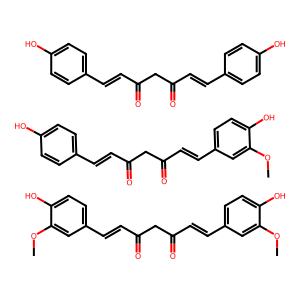
SMILES: COc1cc(C=CC(=O)CC(=O)C=Cc2ccc(O)c(OC)c2)ccc1O.COc1cc(C=CC(=O)CC(=O)C=Cc2ccc(O)cc2)ccc1O.O=C(C=Cc1ccc(O)cc1)CC(=O)C=Cc1ccc(O)cc1
Inhibits HIV replication: No